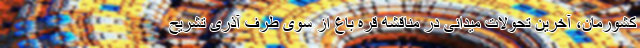
کشورمان، آخرین تحولات میدانی در مناقشه قره باغ از سوی طرف آذری تشریح